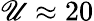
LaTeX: \mathscr{U}\approx20